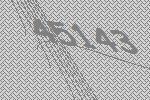
45143